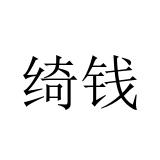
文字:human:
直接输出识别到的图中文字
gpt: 绮钱